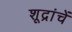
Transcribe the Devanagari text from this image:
शूद्रांचें